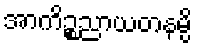
အာကိဉ္စညာယတနမ္ပိ